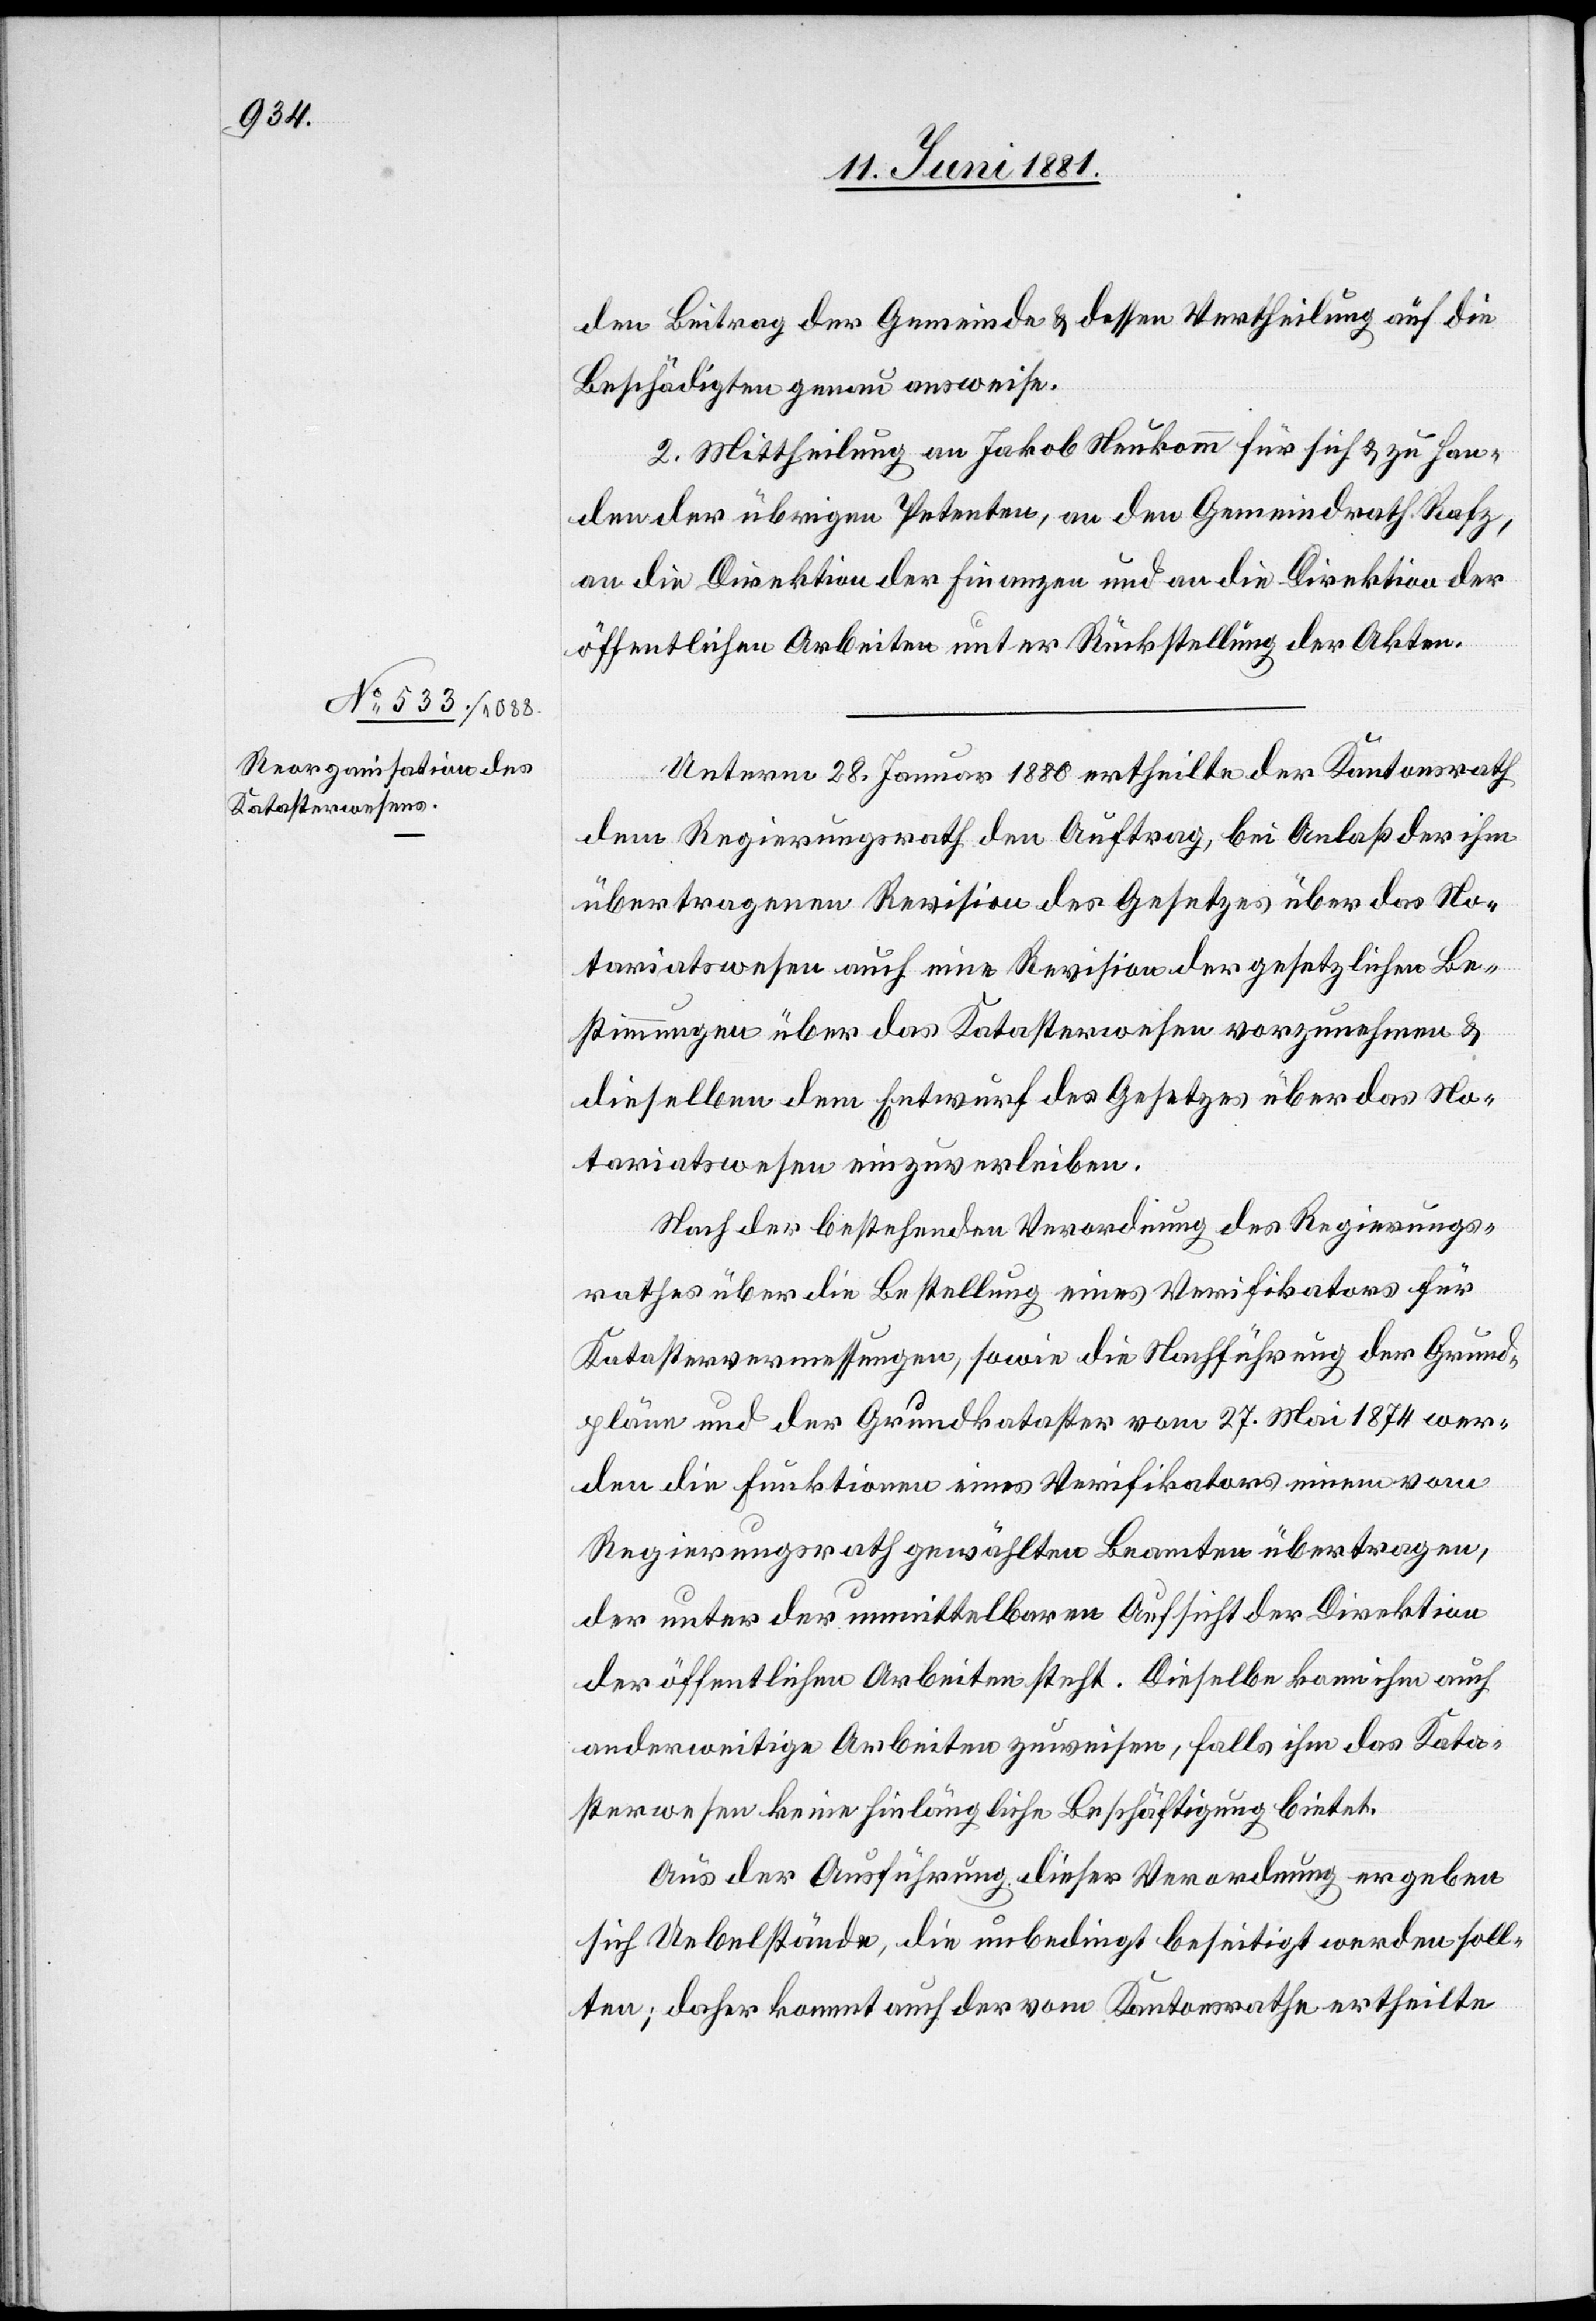
den Beitrag der Gemeinde & dessen Vertheilung auf die
Beschädigten genau ausweise.
2. Mittheilung an Jakob Neukomm für sich & zu Han¬
den der übrigen Petenten, an den Gemeindrath Rafz
an die Direktion der Finanzen und an die Direktion der
öffentlichen Arbeiten unter Rücksendung der Akten.
Unterm 28. Januar 1880 ertheilte der Kantonsrath
dem Regierungsrath den Auftrag, bei Anlaß der ihm
übertragenen Revision des Gesetzes über das No¬
tariatswesen auch eine Revision der gesetzlichen Be¬
stimmungen über das Katasterwesen vorzunehmen &
dieselben dem Entwurf des Gesetzes über das No¬
tariatswesen einzuverleiben.
Nach der bestehenden Verordnung des Regierungs¬
rathes über die Bestellung eines Verifikators für
Katastervermessungen, sowie die Nachführung der Grund¬
pläne und der Grundkataster vom 27. Mai 1874 wer¬
den die Funktionen eines Verifikators einem vom
Regierungsrath gewählten Beamten übertragen,
der unter der unmittelbaren Aufsicht der Direktion
der öffentlichen Arbeiten steht. Dieselbe kann ihm auch
anderweitige Arbeiten zuweisen, falls ihm das Kata¬
sterwesen keine hinlängliche Beschäftigung bietet.
Aus der Ausführung dieser Verordnung ergeben
sich Uebelstände, die unbedingt beseitigt werden soll¬
ten; daher kommt auch der vom Kantonsrath ertheilte